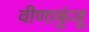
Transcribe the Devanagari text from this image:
वीणाकुंजू